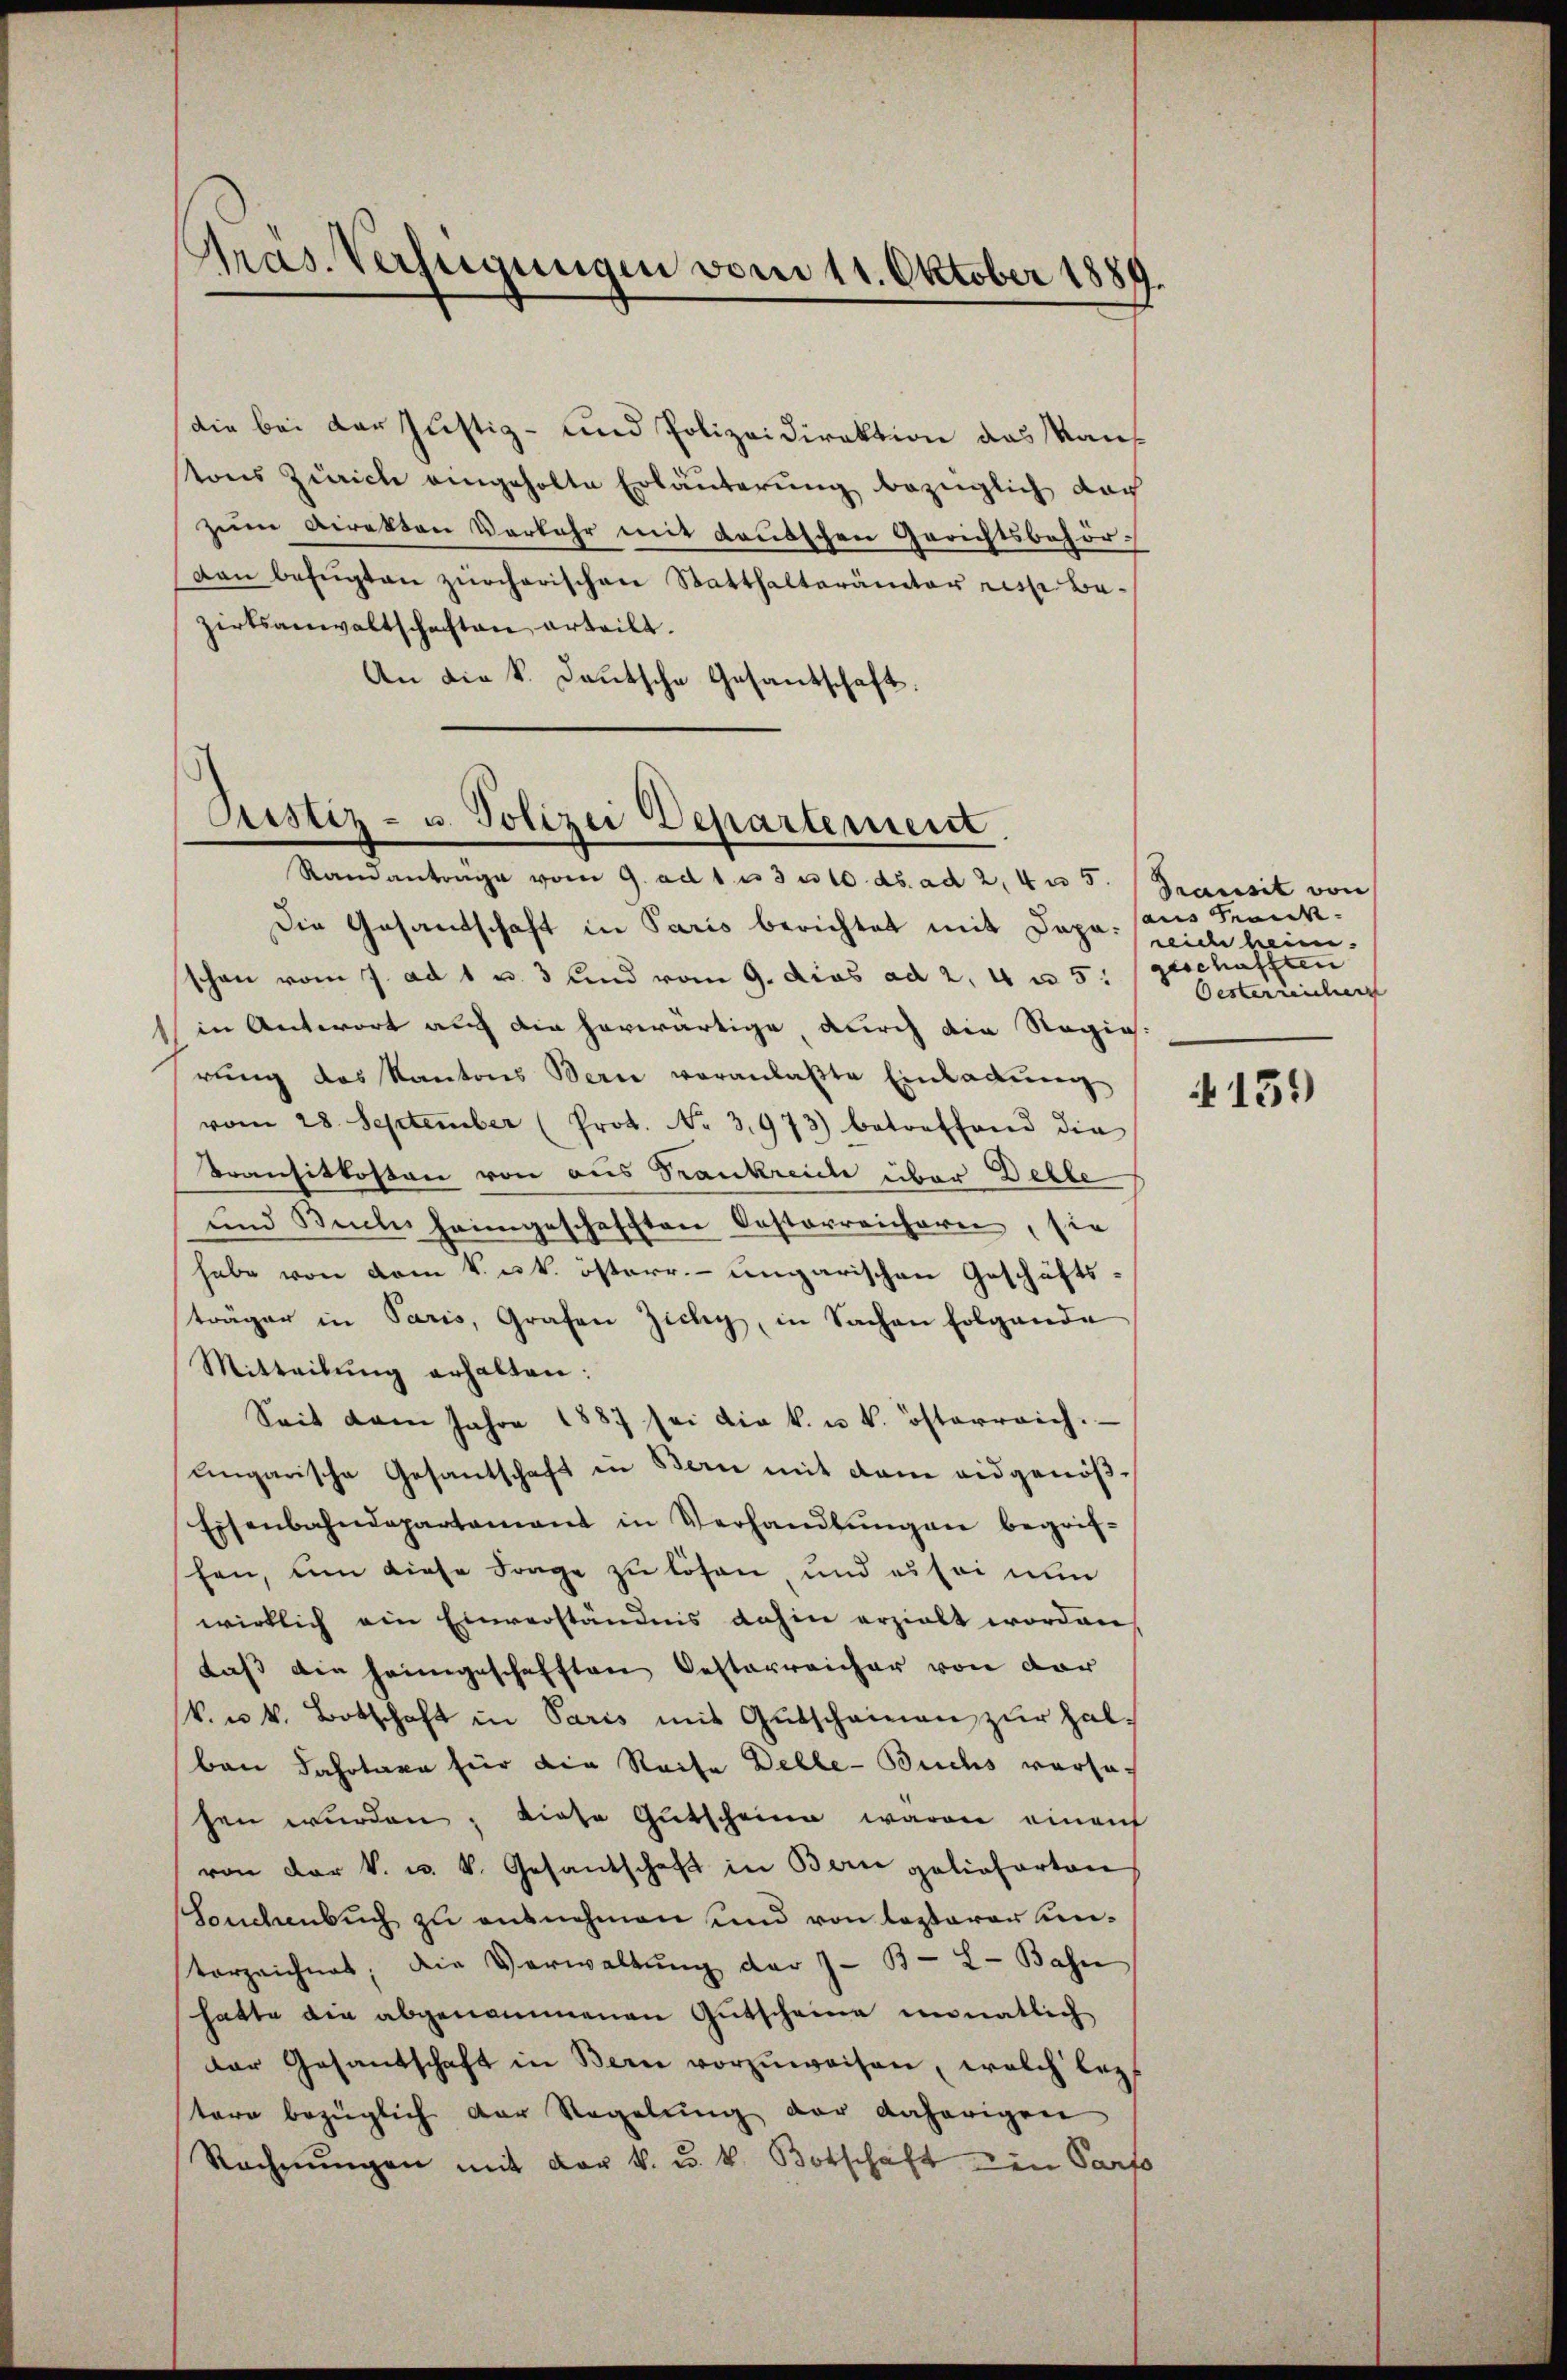
Pras. Verfügungen vom 11. Oktober 1889.

die bei der Justiz- und Polizeidirektion das Kauf
tons Zürich eingeholte Erläuterung bezüglich doch
zum Direkten Verkehr mit deutschen Gerichtsbehördan befŭgten zürcherischen Statthalterämter rise bezirtsanwaltschaften erteilt.
An die k. Deutsche Gesandschaft.

Prustiz- u. Polizei Departement
Ramantrage vom 9. ad 1. u 3 n 10. ds. ad 2,4m 5.

Die Gesandschaft in Paris berichtet mit Dapo: reich heim.
schon vom 7. ad 1 u. 3 und vom 9. dies ad 2, 4 n 5.
in Antwort auch die herwärtige, durch die Regierung des Kantons Bern veranlaßte Einladung
vom 28. September (Prot. No 3,973) betreffend die
Transitkosten von aus Frankreiche über Delle
und Buchs heimgeschafften Oesterreicherei, sie
habe von dem k. k. österr.-ungarischen Geschäftsträger in Paris, Grafen Zichy, in Sachen folgende
Mitteilung erhalten:
Seit dem Jahre 1887 sei die k. u. k. österreich.
ungarische Gesantschaft in Bern mit dem eidgenöß¬
Eisenbahndepartamant in Verhandlŭngen begrif-
fen, um diese Frage zu lösen und es sei nun
wirklich ein Einverständnis dahin erzielt worden,
dass die heimgeschafften Oesterreicher von der
k. u. k. Botschaft in Paris mit Gutscheinen zur halben Fahrtaxe für die Reise Delle-Buchs versasen wurden, diese Gutscheine waren einen
von der k. u. k. Gesantschaft in Bern gelieferten
Souchenbŭch zu ausnehmen und von lezterer Um¬
Vorzeichnet, die Verwaltŭng der 7- B- L-Bahn
hatte die abgenommenen Gutscheine monatlich
der Gesandschaft in Bern vorzŭweisen, welch bez
tere bezüglich der Regelŭng der daherigen
Rechnŭngen mit der k. u. v. Botschaft ein Parto

Transit von
aus Herid.
geschafften
Oesterreicher

139)